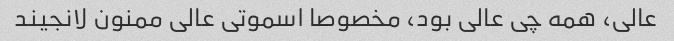
عالی، همه چی عالی بود، مخصوصا اسموتی عالی ممنون لانجیند